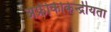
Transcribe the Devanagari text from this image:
अफ्रीकीकेन्द्रीयता